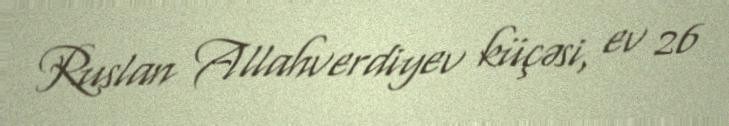
Ruslan Allahverdiyev küçəsi, ev 26